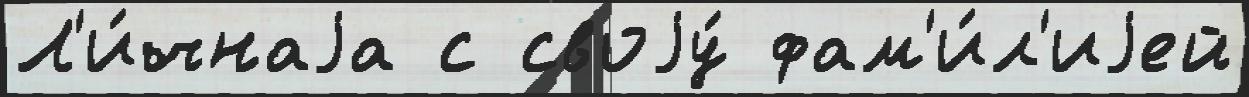
Л'и́чнаjа с своjу́ фам'и́л'иjей